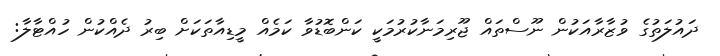
ދައުލަތުގެ ވުޒާރާއަކުން ނޫސްތައް ޖޫރިމަނާކުރުމަކީ ކަންބޮޑުވާ ކަމެއް މީޑިއާތަކަށް ބިރު ދެއްކުން ހުއްޓާލާ: